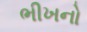
ભીખનો